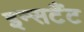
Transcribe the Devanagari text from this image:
इन्सटैंट